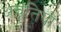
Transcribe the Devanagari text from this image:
अवृतियों